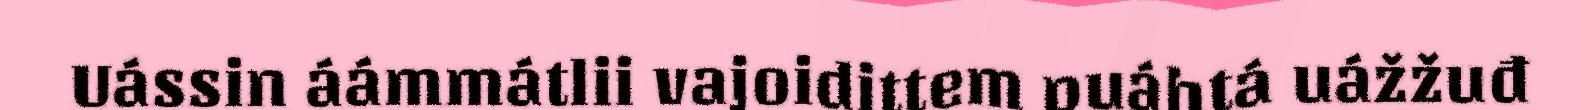
Uássin áámmátlii vajoidittem puáhtá uážžuđ